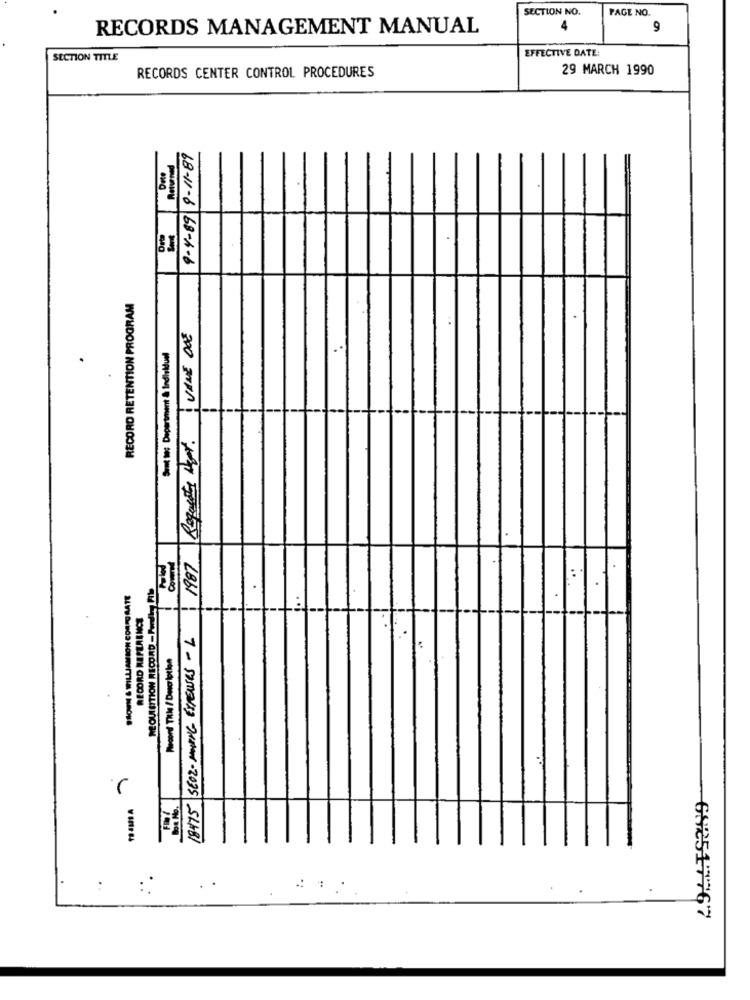
SECTION NO.
PAGE NO.
RECORDS MANAGEMENT MANUAL
9
EFFECTIVE DATE:
SECTION TITLE
29 MARCH 1990
RECORDS CENTER CONTROL PROCEDURES
Heturned
-
68-11-6 68-h-6
RECORD RETENTION PROGRAM
VANE DOE
Sıit to: Department & Individual
.
Requests Hept.
7 -575ENKY -THAN -2035 SLABI
.
. .
622517767